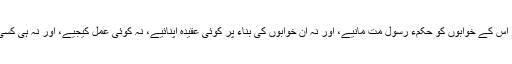
پس، اِس معاملے میں خُوب چُوکنا رہیے، اور ہر کِسی کے خوابوں کو سچ مان کر اُس کے خوابوں کو حکمء رسول مت مانیے، اور نہ اُن خوابوں کی بِناء پر کوئی عقیدہ اپنائیے، نہ کوئی عمل کیجیے، اور نہ ہی کِسی نیک عمل سے رُکیے، اور نہ اُس شخص کو اللہ کا کوئی مُقرب سمجھنے لگیے۔